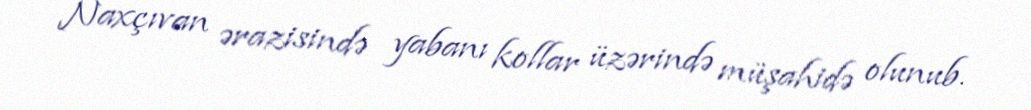
Naxçıvan ərazisində yabanı kollar üzərində müşahidə olunub.